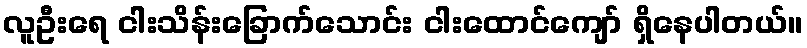
လူဦးရေ ငါးသိန်းခြောက်သောင်း ငါးထောင်ကျော် ရှိနေပါတယ်။